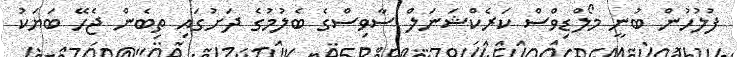
ފުލުހުން ބުނީ މޯލްޑިވްސް ކަރެކްޝަނަލް ސާވިސްގެ ބެލުމުގެ ދަށުގައި ތިބެން ޖެހޭ ބަޔަކު